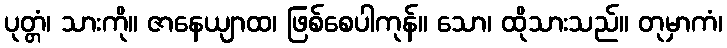
ပုတ္တံ၊ သားကို။ ဇာနေယျာထ၊ ဖြစ်စေပါကုန်။ သော၊ ထိုသားသည်။ တုမှာကံ၊